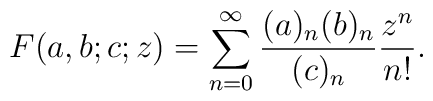
F(a,b;c;z)=\sum_{n=0}^{\infty} {(a)_{n} (b)_{n}\over (c)_{n}}{z^{n}\over n!}.